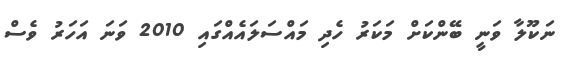
ނަކޫލާ ވަނީ ބޭންކަށް މަކަރު ހެދި މައްސަލައެއްގައި 2010 ވަނަ އަހަރު ވެސް